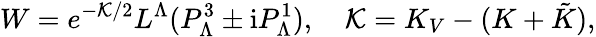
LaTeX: W=e^{-{\cal K}/2}L^{\Lambda}(P_{\Lambda}^{3}\pm\mathrm{i}P_{\Lambda}^{1}),\quad{\cal K}=K_{V}-(K+\tilde{K}),